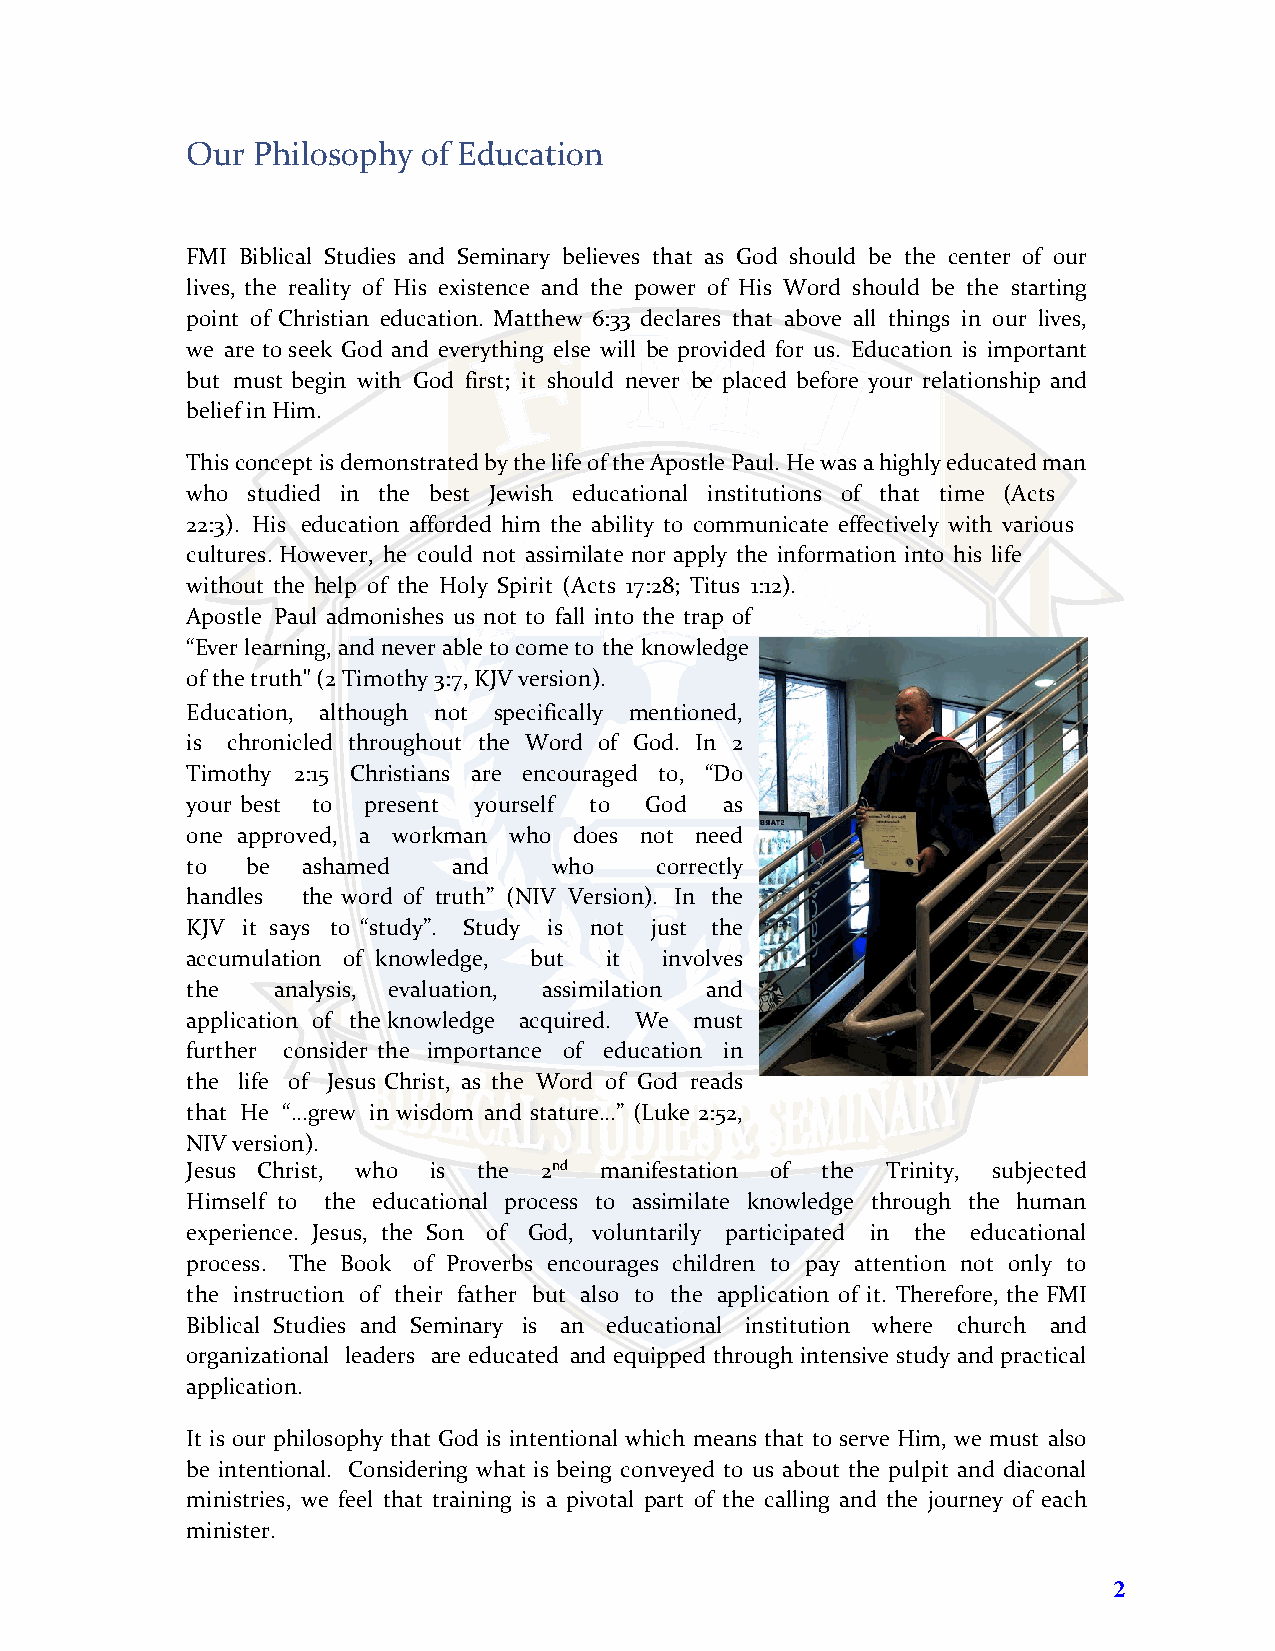
Our  Philosophy of Education
 FMI Biblical Studies and Seminary believes that as God should be the center of our
 lives, the reality of His existence and the power of His Word should be the starting
 point of Christian education. Matthew 6:33 declares that above all things in our lives,
 we are to seek God and everything else will be provided for us. Education is important
 but must begin with God first; it should never be placed before your relationship and
 belief in Him.
 This concept is demonstrated by the life of the Apostle Paul. He was a highly educated man
 who studied in the best Jewish educational institutions of that time (Acts
 22:3). His education afforded him the ability to communicate effectively with various
 cultures. However, he could not assimilate nor apply the information into his life
 without the help of the Holy Spirit (Acts 17:28; Titus 1:12).
 Apostle Paul admonishes us not to fall into the trap of
 “Ever learning, and never able to come to the knowledge
 of the truth" (2 Timothy 3:7, KJV version).
 Education, although not specifically mentioned,
 is chronicled throughout the Word of God. In 2
 Timothy 2:15 Christians are encouraged to, “Do
 your best to present yourself to God as
 one approved, a workman who does not need
 to  be  ashamed   and    who   correctly
 handles the word of truth” (NIV Version). In the
 KJV it says to “study”. Study is not just the
 accumulation of knowledge, but it involves
 the   analysis, evaluation, assimilation and
 application of the knowledge acquired. We must
 further consider the importance of education in
 the life of Jesus Christ, as the Word of God reads
 that He “...grew in wisdom and stature...” (Luke 2:52,
 NIV version).
 Jesus Christ, who is the 2nd manifestation of the Trinity, subjected
 Himself to the educational process to assimilate knowledge through the human
 experience. Jesus, the Son of God, voluntarily participated in the educational
 process. The Book of Proverbs encourages children to pay attention not only to
 the instruction of their father but also to the application of it. Therefore, the FMI
 Biblical Studies and Seminary is an educational institution where church and
 organizational leaders are educated and equipped through intensive study and practical
 application.
 It is our philosophy that God is intentional which means that to serve Him, we must also
 be intentional. Considering what is being conveyed to us about the pulpit and diaconal
 ministries, we feel that training is a pivotal part of the calling and the journey of each
 minister.
 2